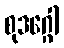
စုဒဂ္ဂေါ